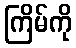
ကြိမ်ကို